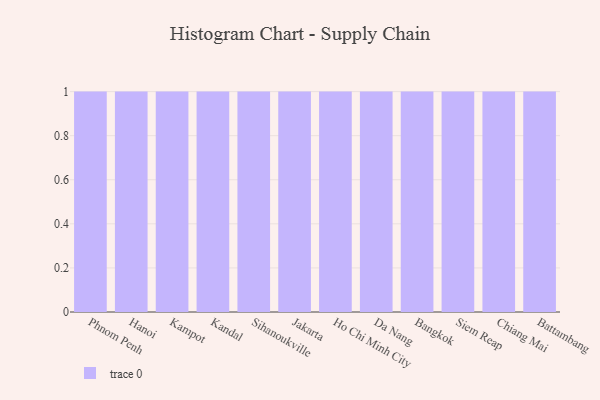
{"axis": {"x": "City", "y": "Active Users"}, "legend": [""], "data": [{"x": "Phnom Penh", "y": 49, "type": ""}, {"x": "Hanoi", "y": 57, "type": ""}, {"x": "Kampot", "y": 9, "type": ""}, {"x": "Kandal", "y": 84, "type": ""}, {"x": "Sihanoukville", "y": 93, "type": ""}, {"x": "Jakarta", "y": 60, "type": ""}, {"x": "Ho Chi Minh City", "y": 19, "type": ""}, {"x": "Da Nang", "y": 69, "type": ""}, {"x": "Bangkok", "y": 1, "type": ""}, {"x": "Siem Reap", "y": 56, "type": ""}, {"x": "Chiang Mai", "y": 37, "type": ""}, {"x": "Battambang", "y": 20, "type": ""}]}